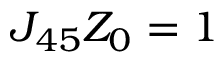
J _ { 4 5 } Z _ { 0 } = 1